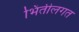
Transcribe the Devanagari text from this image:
भिंतीलगत